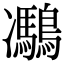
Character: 𪅯